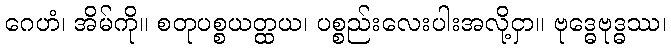
ဂေဟံ၊ အိမ်ကို။ စတုပစ္စယတ္ထယ၊ ပစ္စည်းလေးပါးအလို့ငှာ။ ဗုဒ္ဓေဗုဒ္ဓဿ၊